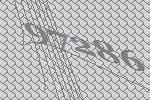
97286